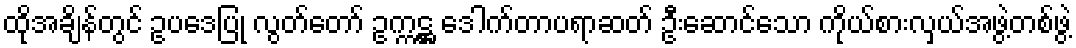
ထိုအချိန်တွင် ဥပဒေပြု လွတ်တော် ဥက္ကဋ္ဌ ဒေါက်တာပရာဆတ် ဦးဆောင်သော ကိုယ်စားလှယ်အဖွဲ့တစ်ဖွဲ့